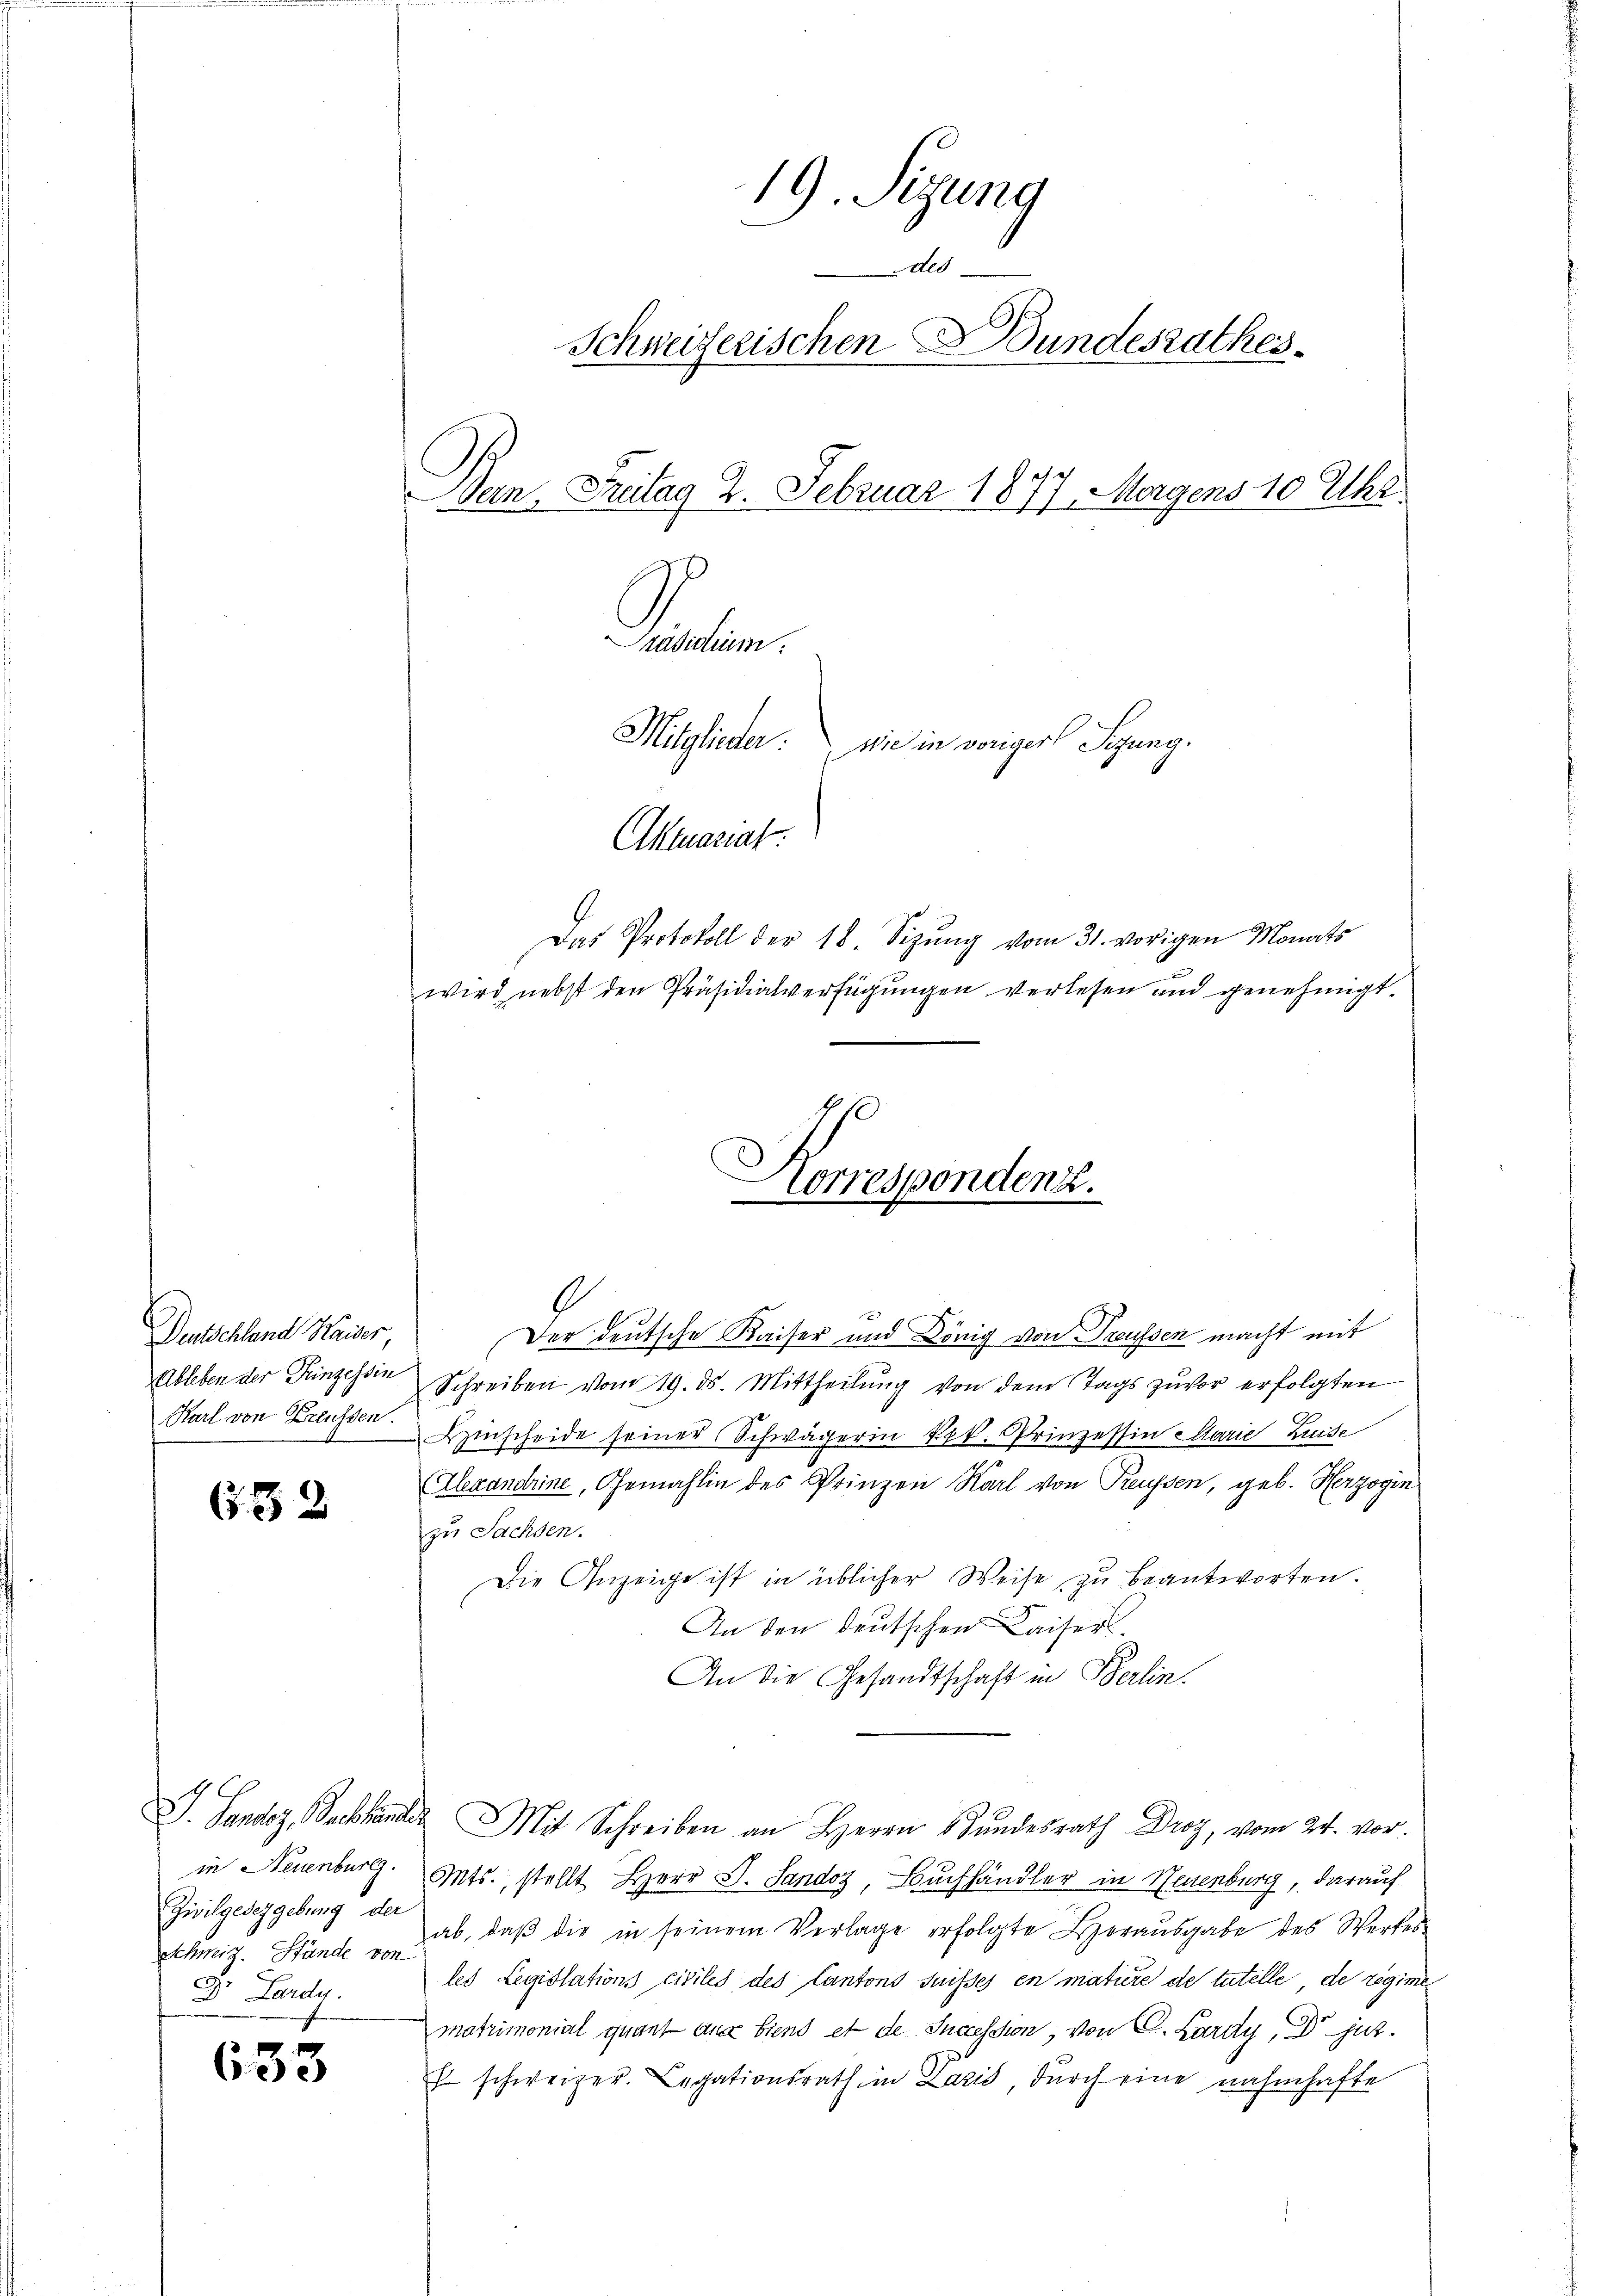
Deutschland Kaiser
Ableben der Kinzessin
Karl von Erlassen.

G.32

in Neuenburg.
Zivilgeseggebung der
Schweiz. Stände von
Dr. Lardy.

633

19. Segung
Ald
Schweizerischen Bundesrathes
Gyn. Freitag 2. Februar 1877 Morgens 10 Uhr.
Präsidium.
Mitglieder.
Wie in voriger Sitzung.
Aktuariat.

Das Protokoll der 18. Sizŭng vom 31. vorigen Monats
wird nebst den Präsidialverfügungen verlesen und genehmigt.

Der deutsche Kaiser und König von Preussen macht mit
Schreiben vom 19. ds. Mittheilung von dem Tags zuvor erfolgten
ischeide seiner Schwägerin Frk. Prinzessin Marie Luise
Alexandrine, Gemahlin des Prinzen Karl von Preussen, geb. Herzogin
zu Sachsen.
Die Anzeige ist in üblicher Weise zu beantworten.
In den deutschen Kaiser¬
An die Gesandtschaft in Berlin.
J. Landoz, Buchhander Mit Schreiben an Herrn Stundesrath Droy, vom 24. vor.
Mts., stellt Herr J. Sandoz Buchhändler in Neuenburg, darauf
ab, daβ die in seinem Verlage erfolgte Horausgabe des Werkes
les Legislations civiles des Cantons Suisses en matière de tutelle de regime
matrimonial quant aus biens et de Inaession, von C. Lardy, Dr jur.
E schweizer. Legationsrath in Lazić durch eine nahmhafte

)
Correspondenz.
e
5